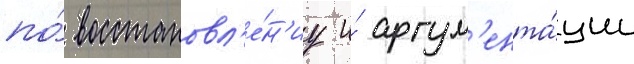
по́ восстановл'е́н'иу и́ аргум'ента́ции